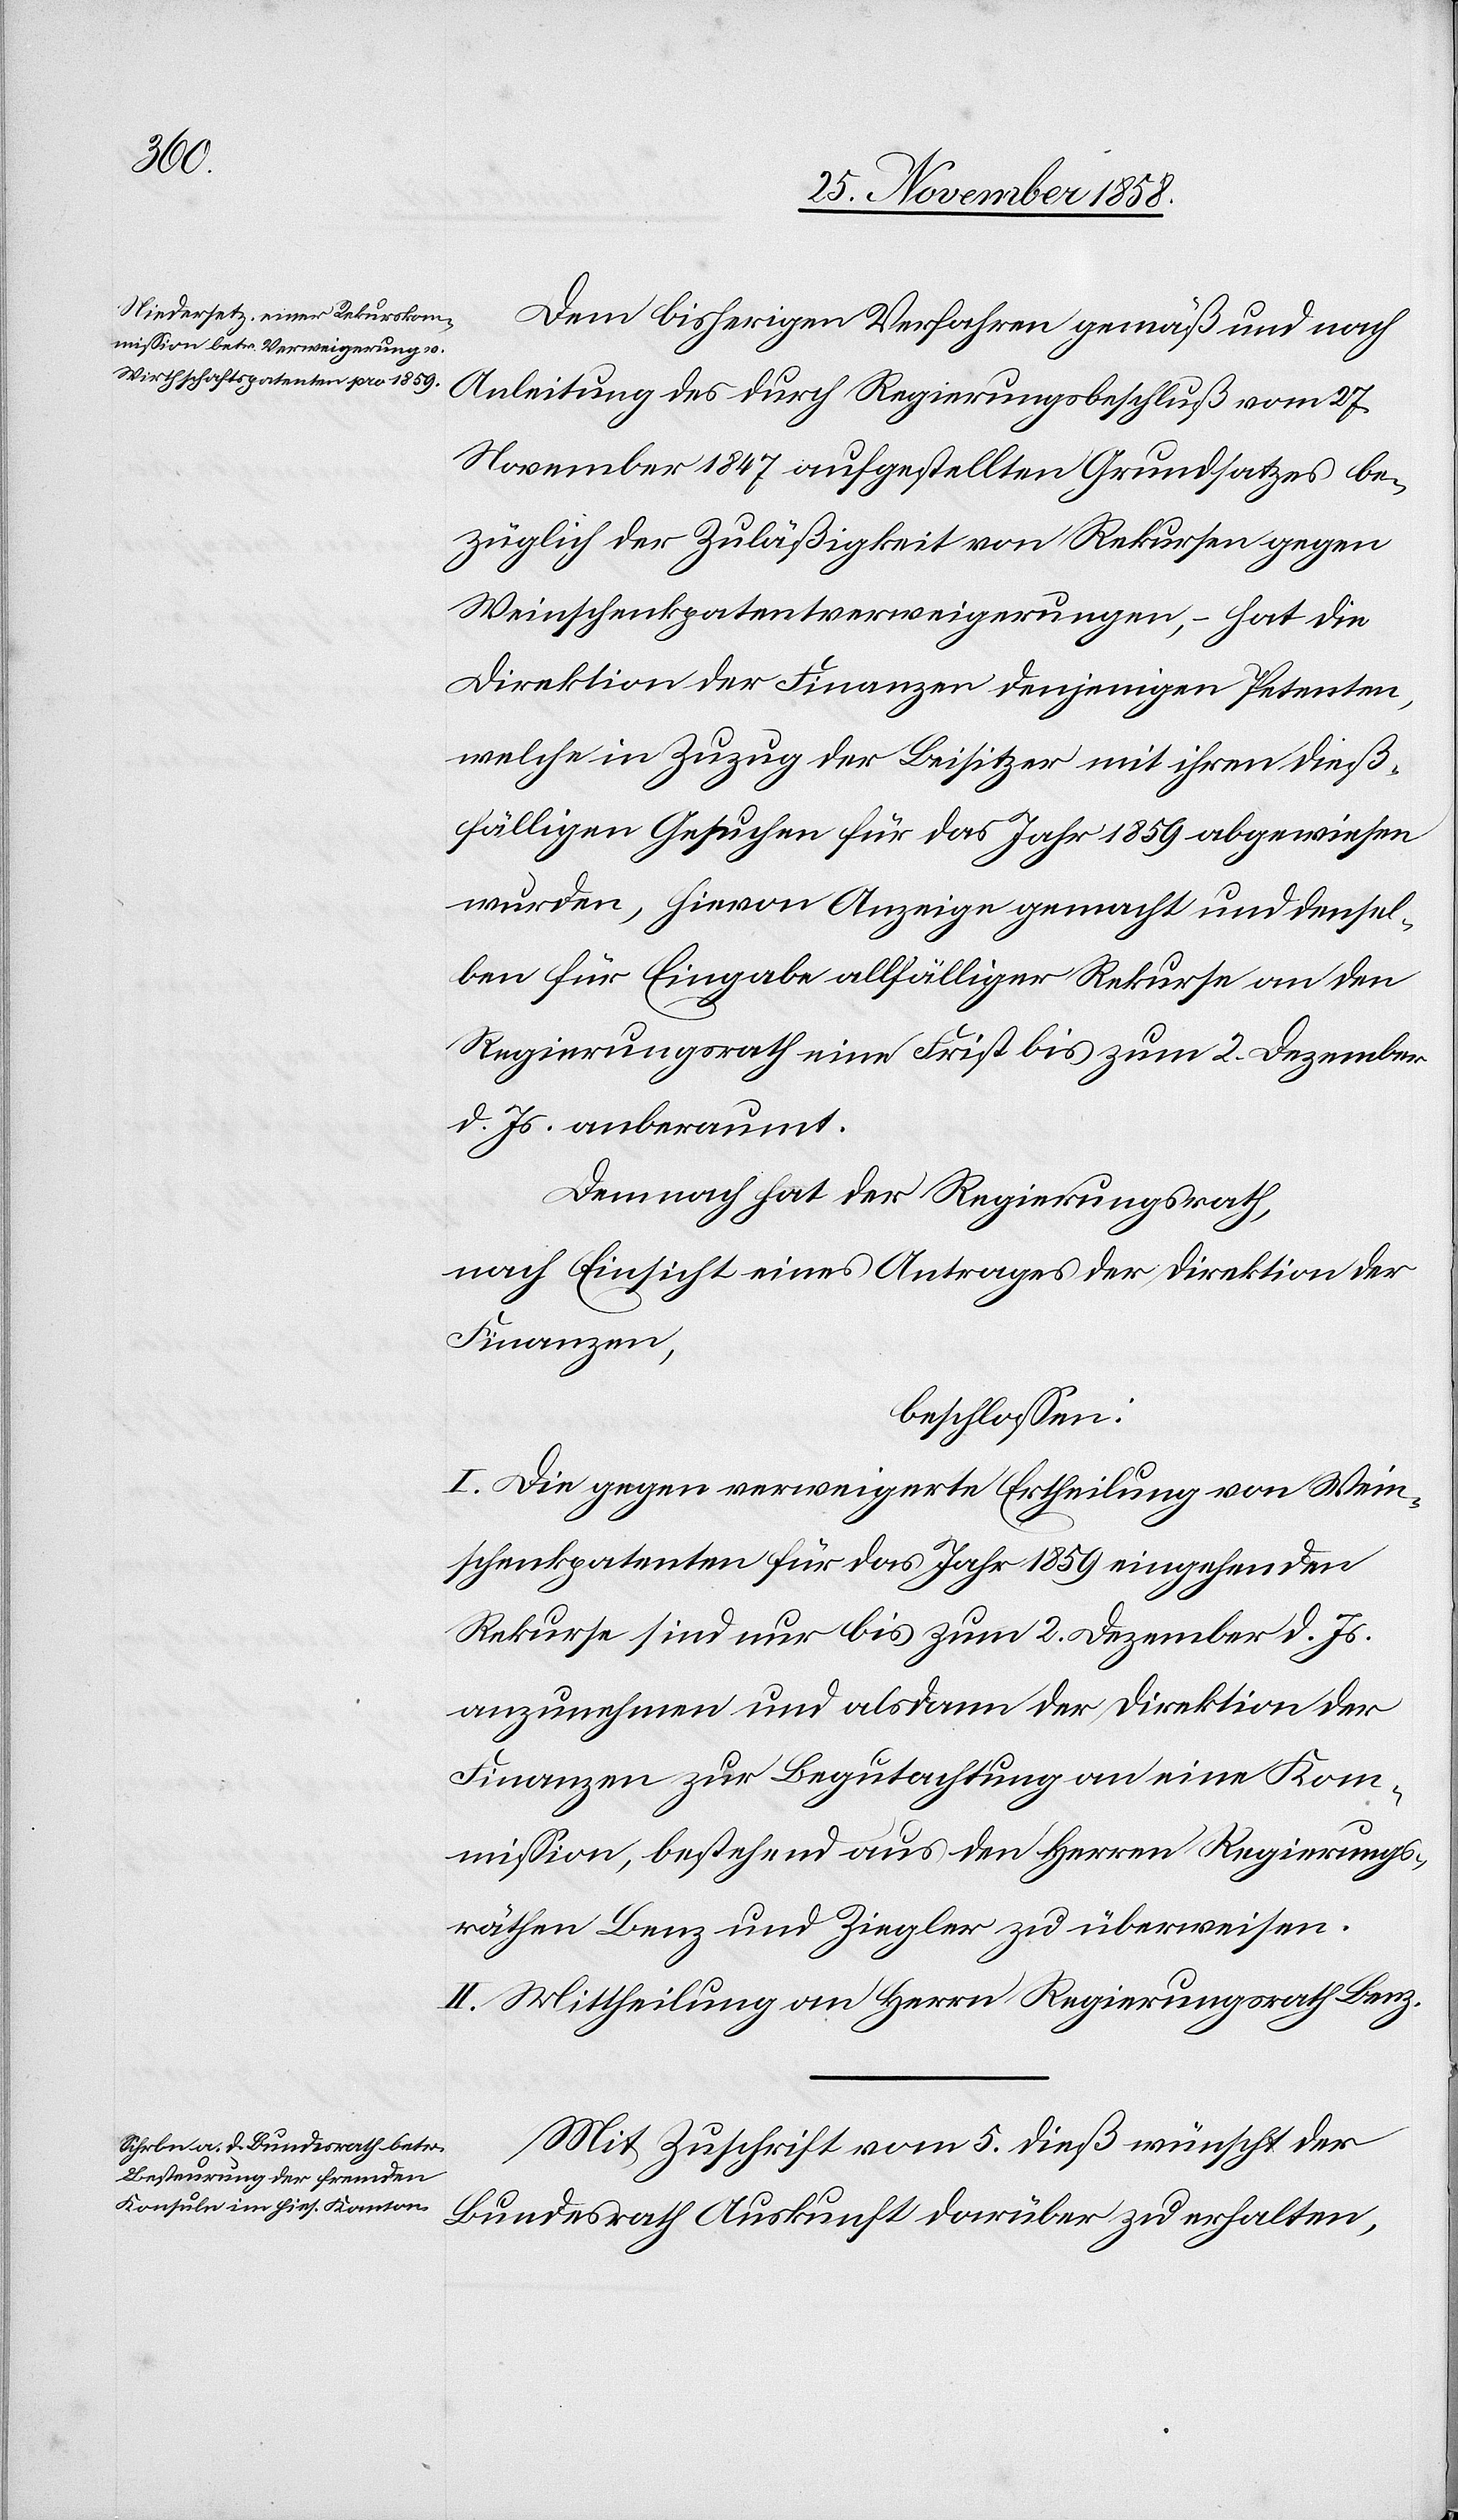
Dem bisherigen Verfahren gemäß und nach
Anleitung des durch Regierungsbeschluß vom 27.
November 1847 aufgestellten Grundsatzes be¬
züglich der Zuläßigkeit von Rekursen gegen
Weinschenkpatentverweigerungen, – hat die
Direktion der Finanzen denjenigen Petenten,
welche in Zuzug der Beisitzer mit ihren dieß¬
fälligen Gesuchen für das Jahr 1859 abgewiesen
wurden, hievon Anzeige gemacht und densel¬
ben für Eingabe allfälliger Rekurse an den
Regierungsrath eine Frist bis zum 2. Dezember
d. Js. anberaumt.
Demnach hat der Regierungsrath,
nach Einsicht eines Antrages der Direktion der
Finanzen,
beschlossen:
I. Die gegen verweigerte Ertheilung von Wein¬
schenkpatenten für das Jahr 1859 eingehenden
Rekurse sind nur bis zum 2. Dezember d. Js.
anzunehmen und alsdann der Direktion der
Finanzen zur Begutachtung an eine Kom¬
mission, bestehend aus den Herren Regierungs¬
räthen Benz und Ziegler zu überweisen.
II. Mittheilung an Herrn Regierungsrath Benz.
Mit Zuschrift vom 5. dieß wünscht der
Bundesrath Auskunft darüber zu erhalten,